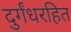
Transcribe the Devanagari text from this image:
दुर्गंधरहित